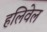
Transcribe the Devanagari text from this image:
हलिवेल